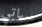
سياتي